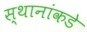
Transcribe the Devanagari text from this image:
स्थानांकडे